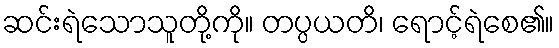
ဆင်းရဲသောသူတို့ကို။ တပ္ပယတိ၊ ရောင့်ရဲစေ၏။